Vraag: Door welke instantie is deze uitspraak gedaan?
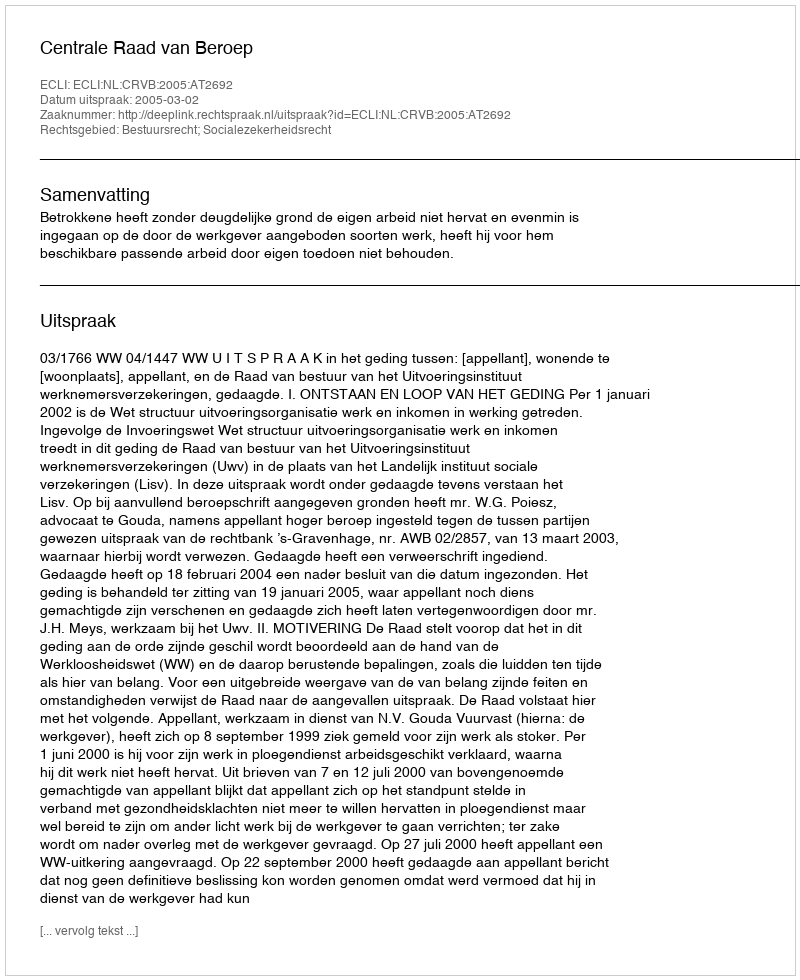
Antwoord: Centrale Raad van Beroep